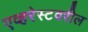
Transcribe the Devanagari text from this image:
एव्हरेस्टवरील